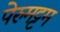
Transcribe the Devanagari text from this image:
पेरुमट्टम